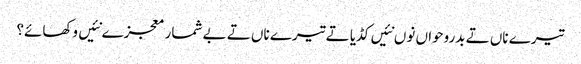
تیرے ناں تے بدروحواں نوں نئیں کڈیا تے تیرے ناں تے بے شمار معجزے نئیں وکھائے؟